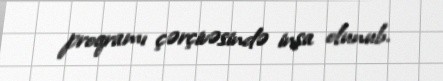
proqramı çərçivəsində inşa olunub.